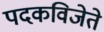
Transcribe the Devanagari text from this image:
पदकविजेते